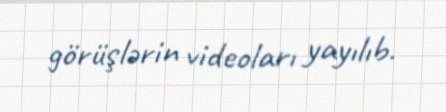
görüşlərin videoları yayılıb.